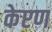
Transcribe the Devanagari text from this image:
केप्टण